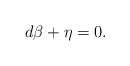
\begin{align*}d\beta + \eta = 0.\end{align*}